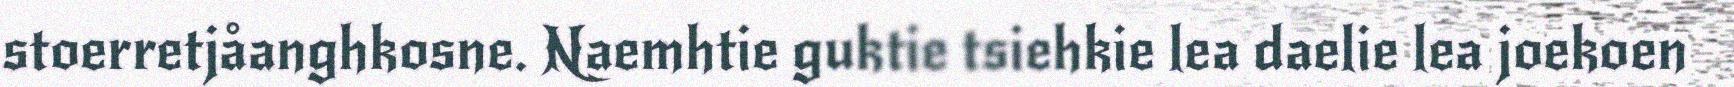
stoerretjåanghkosne. Naemhtie guktie tsiehkie lea daelie lea joekoen